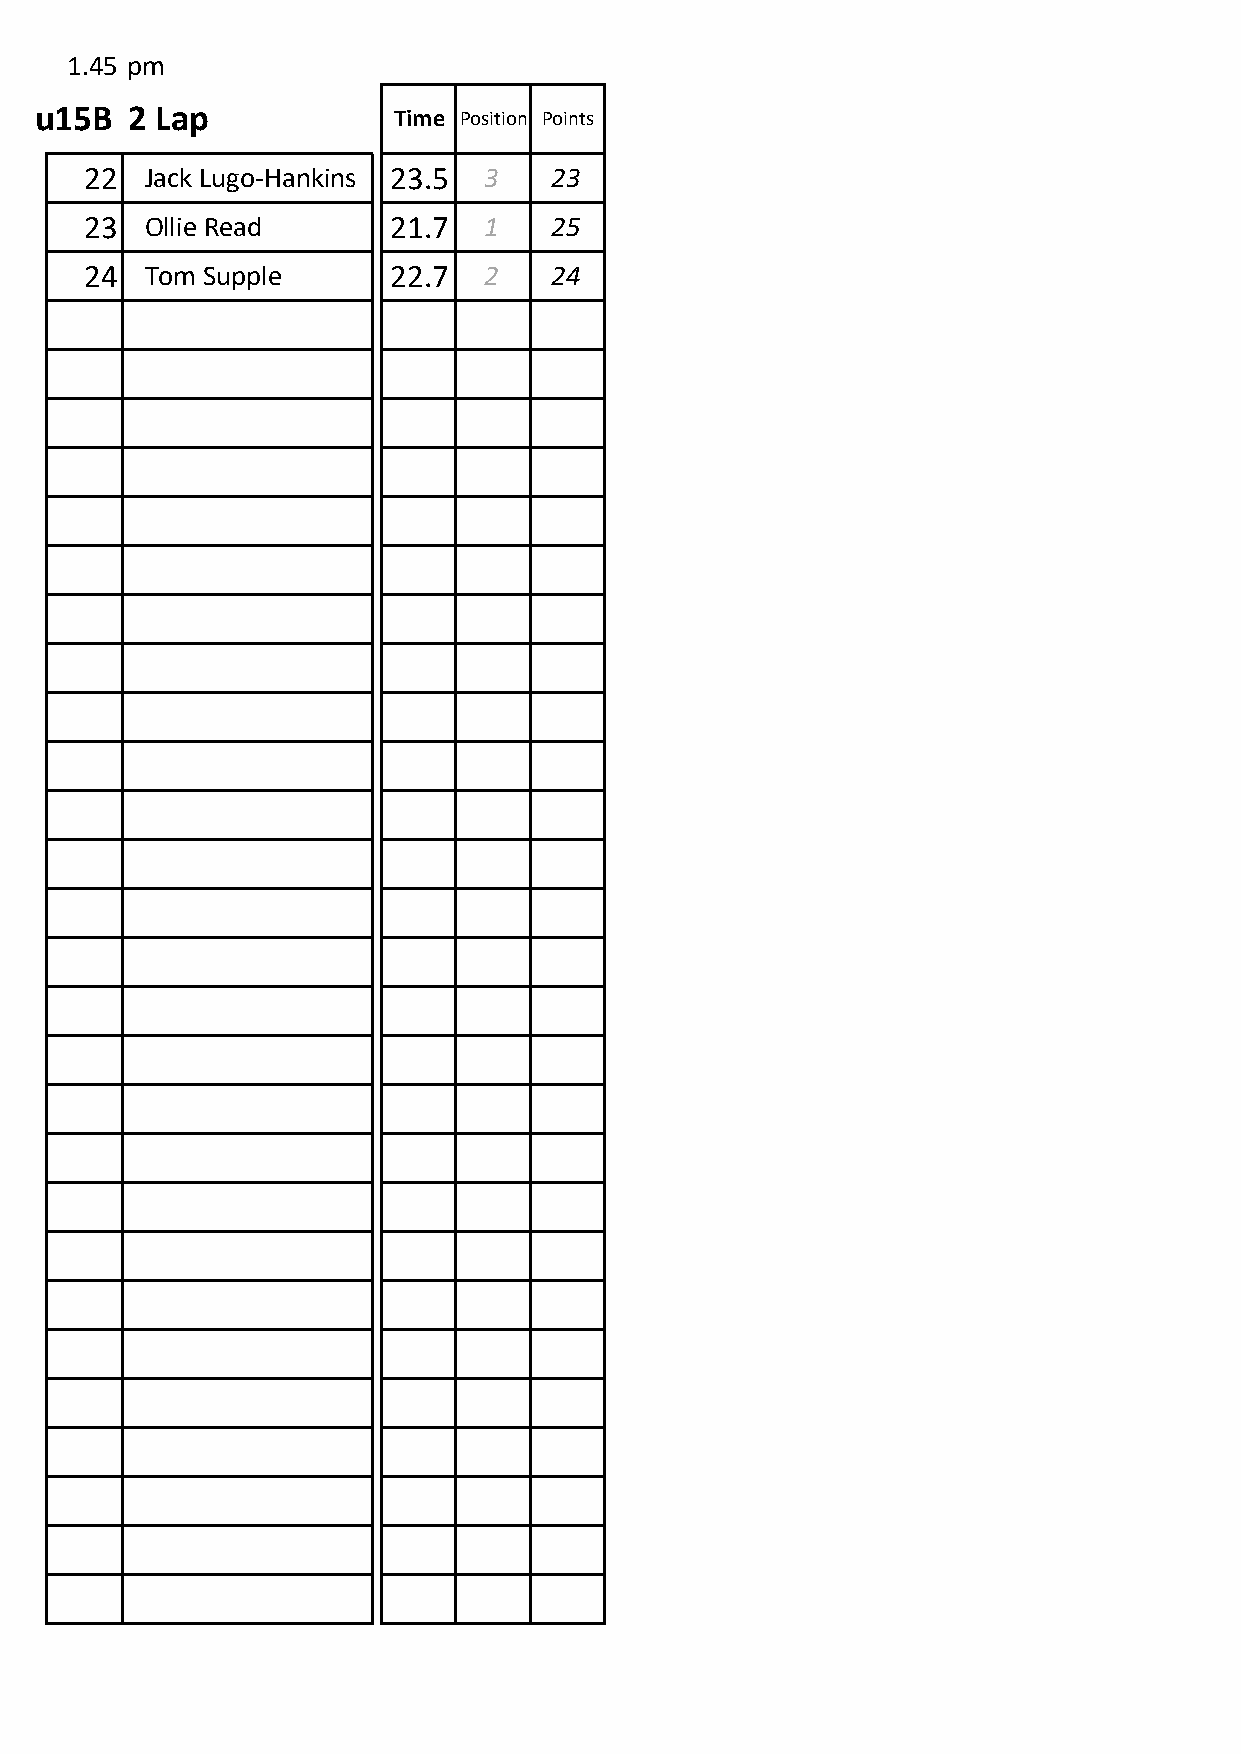
1.45 pm
 u15B  2 Lap             Time Position Points
 22  Jack Lugo-Hankins 23.5 3  23
 23  Ollie Read      21.7  1   25
 24  Tom Supple      22.7  2   24
 0  0
 0  0
 0  0
 0  0
 0  0
 0  0
 0  0
 0  0
 0  0
 0  0
 0  0
 0  0
 0  0
 0  0
 0  0
 0  0
 0  0
 0  0
 0  0
 0  0
 0  0
 0  0
 0  0
 0  0
 0  0
 0  0
 0  0